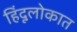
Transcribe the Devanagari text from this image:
हिंदूलोकात